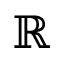
\mathbb { R }